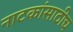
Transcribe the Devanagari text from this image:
नाटकांसाठीच